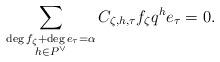
LaTeX: \begin{align*} \sum_{\substack{\deg f_\zeta + \deg e_\tau = \alpha \\ h\in P^\vee}} C_{\zeta, h,\tau} f_\zeta q^h e_{\tau} = 0.\end{align*}